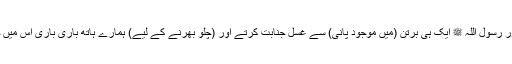
میں اور رسول اللہ ﷺ ایک ہی برتن (میں موجود پانی) سے غسلِ جنابت کرتے اور (چلو بھرنے کے لیے) ہمارے ہاتھ باری باری اس میں جاتے۔